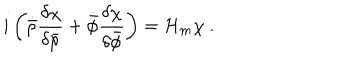
i \left( \dot { \bar { \rho } } \frac { \delta \chi } { \delta \bar { \rho } } + \dot { \bar { \phi } } \frac { \delta \chi } { \delta \bar { \phi } } \right) = { \cal { H } } _ { m } \chi \ .